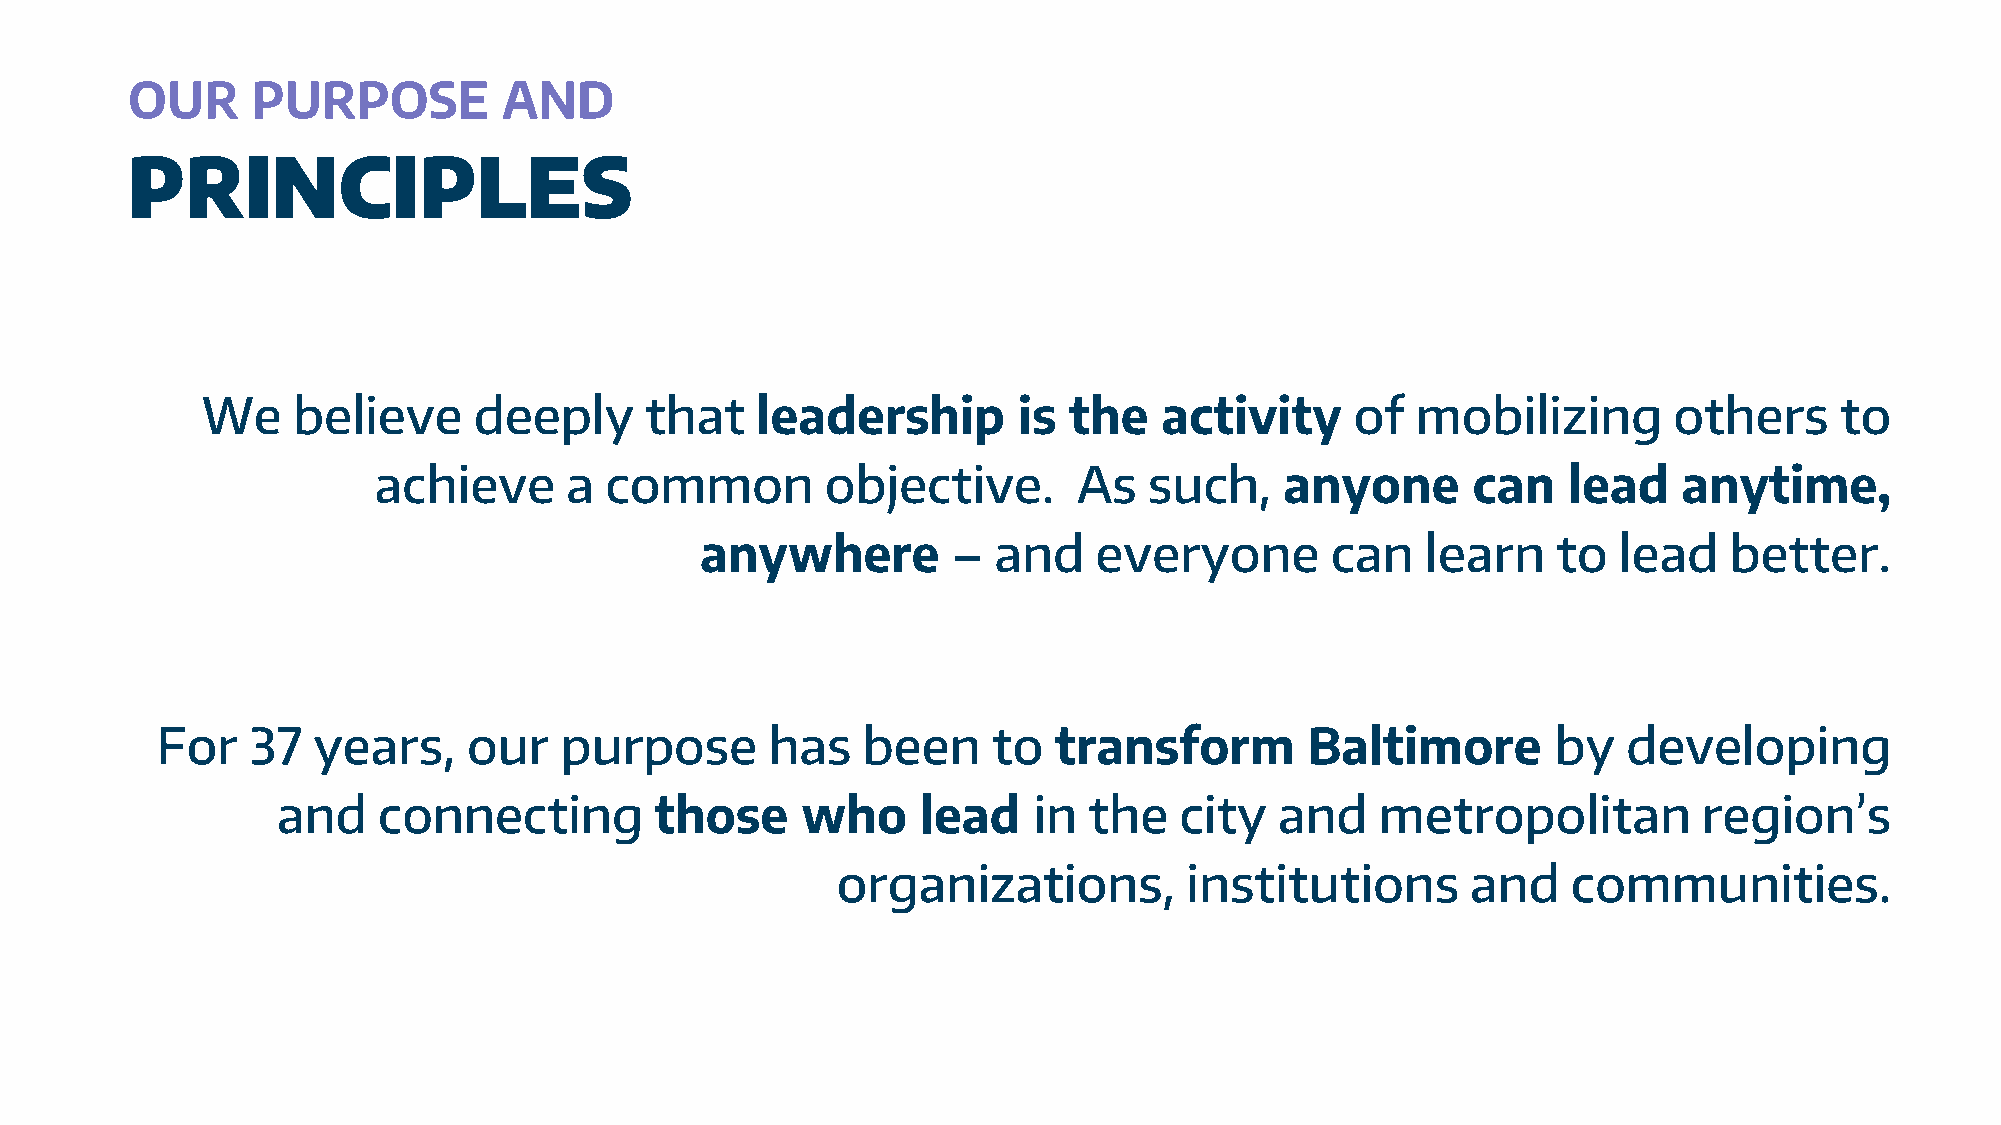
OUR      PURPOSE         AND
 PRINCIPLES
 We    believe     deeply      that   leadership       is  the   activity     of  mobilizing       others     to
 achieve     a  common         objective.      As   such,    anyone      can    lead   anytime,
 anywhere         –  and   everyone        can   learn    to  lead   better.
 For   37   years,    our   purpose       has   been     to  transform        Baltimore       by   developing
 and    connecting        those     who     lead   in  the   city   and   metropolitan          region’s
 organizations,         institutions       and    communities.